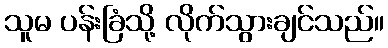
သူမ ပန်းခြံသို့ လိုက်သွားချင်သည်။